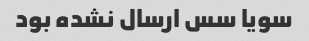
سویا سس ارسال نشده بود